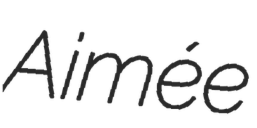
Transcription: Aimée